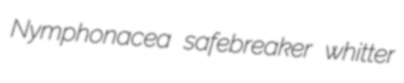
Nymphonacea safebreaker whitter